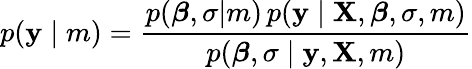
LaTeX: p(\mathbf{y}\mid m)={\frac{p({\boldsymbol{\beta}},\sigma|m)\, p(\mathbf{y}\mid\mathbf{X},{\boldsymbol{\beta}},\sigma,m)}{p({\boldsymbol{\beta}},\sigma\mid\mathbf{y},\mathbf{X},m)}}